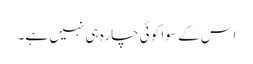
اس کے سوا کوئی چارہ ہی نہیں ہے۔